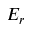
E _ { r }